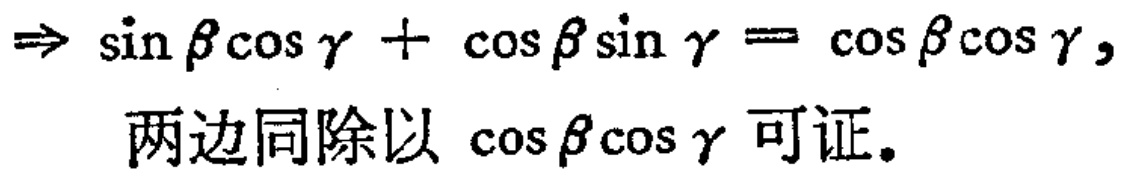
$\Rightarrow \sin \beta\cos \gamma + \cos \beta\sin \gamma = \cos \beta\cos \gamma,$

两边同除以 $\cos \beta\cos \gamma$ 可证。